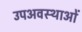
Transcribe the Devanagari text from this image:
उपअवस्थाओं